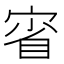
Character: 𡨽